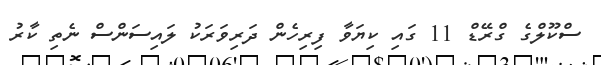
ސްކޫލްގެ ގްރޭޑް 11 ގައި ކިޔަވާ ފިރިހެން ދަރިވަރަކު ލައިސަންސް ނެތި ކާރު